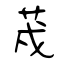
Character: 荗